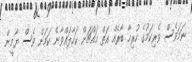
ނަމަވެސް ވެރިކަމުގެ ހުރިހާ ބާރެއް އަތް މައްޗަށް ކަހާލައްވާނެ ކަމަށް ވެސް ޔާމީން